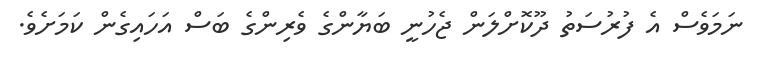
ނަމަވެސް އެ ފުރުސަތު ދޫކޮށްލަން ޖެހުނީ ބަޔާންގެ ވެރިންގެ ބަސް އަހައިގެން ކަމަށެވެ.